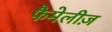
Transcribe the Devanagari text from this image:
फैमेलीज़